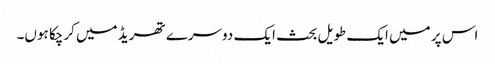
اس پر میں ایک طویل بحث ایک دوسرے تھریڈ میں کرچکا ہوں۔